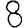
Digit: 8